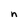
Character: n